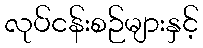
လုပ်ငန်းစဉ်များနှင့်